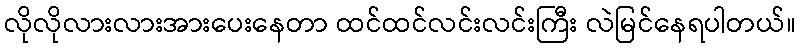
လိုလိုလားလားအားပေးနေတာ ထင်ထင်လင်းလင်းကြီး လဲမြင်နေရပါတယ်။